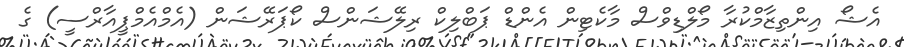
އެޝޯ އިންތިޒާމްކުރާ މޯލްޑިވްސް މާކެޓިން އެންޑް ޕަބްލިކް ރިލޭޝަންސް ކޯޕަރޭޝަން (އެމްއެމްޕީއާރްސީ) ގެ